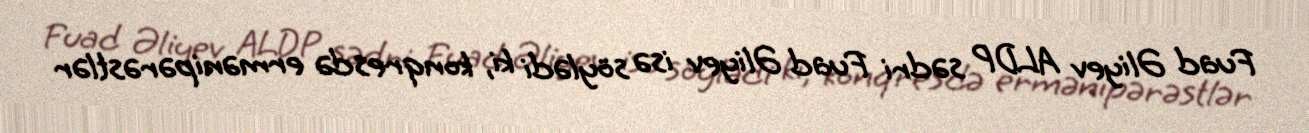
Fuad Əliyev ALDP sədri Fuad Əliyev isə söylədi ki, konqresdə ermənipərəstlər